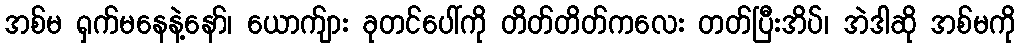
အစ်မ ရှက်မနေနဲ့နော်၊ ယောက်ျား ခုတင်ပေါ်ကို တိတ်တိတ်ကလေး တတ်ပြီးအိပ်၊ အဲဒါဆို အစ်မကို